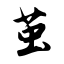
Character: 茧